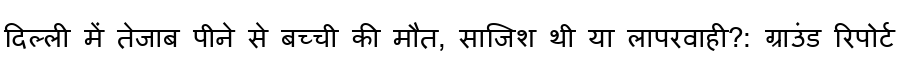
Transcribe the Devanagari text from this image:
दिल्ली में तेजाब पीने से बच्ची की मौत, साजिश थी या लापरवाही?: ग्राउंड रिपोर्ट